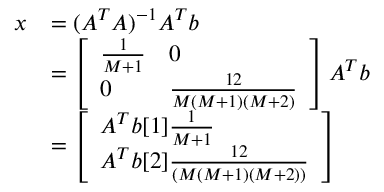
\begin{array} { r l } { x } & { = ( A ^ { T } A ) ^ { - 1 } A ^ { T } b } \\ & { = \left[ \begin{array} { l l } { \frac { 1 } { M + 1 } } & { 0 } \\ { 0 } & { \frac { 1 2 } { M ( M + 1 ) ( M + 2 ) } } \end{array} \right] A ^ { T } b } \\ & { = \left[ \begin{array} { l } { A ^ { T } b [ 1 ] \frac { 1 } { M + 1 } } \\ { A ^ { T } b [ 2 ] \frac { 1 2 } { ( M ( M + 1 ) ( M + 2 ) ) } } \end{array} \right] } \end{array}